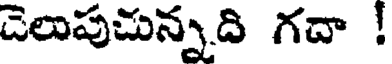
డెలుపుచున్నది గదా !